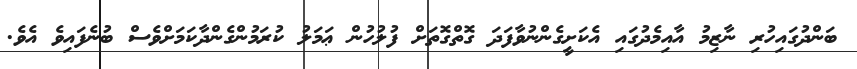
ބަންދުގައިހުރި ނާޒިމު އާއިމެދުގައި އެކަށީގެންނުވާފަދަ ގޮތްގޮތަށް ފުލުހުން ޢަމަލު ކުރަމުންގެންދާކަމަށްވެސް ބުނެފައިވެ އެވެ.